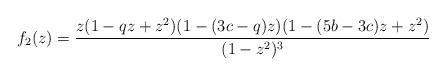
LaTeX: \begin{align*}f_2(z)= \frac{z(1-qz+z^2)(1-(3c-q)z)(1-(5b-3c)z+z^2)}{(1-z^2)^3}\end{align*}